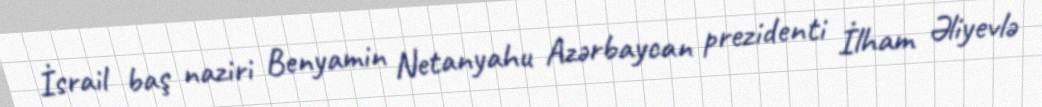
İsrail baş naziri Benyamin Netanyahu Azərbaycan prezidenti İlham Əliyevlə